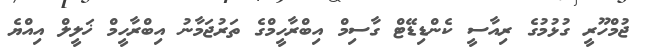
ޖުމްހޫރީ ގުޅުމުގެ ރިއާސީ ކެންޑިޑޭޓް ގާސިމް އިބްރާހީމްގެ ތަރުޖަމާނު އިބްރާހީމް ޚަލީލް އިއްޔެ